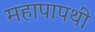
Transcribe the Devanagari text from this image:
महापापथी